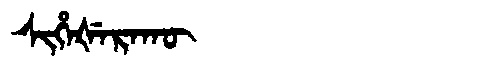
Manchu: ᠰᡳᡥᡝᡧᡝᡵᠠᡴᡡ
Romanization: SIHEŠERAKŪ